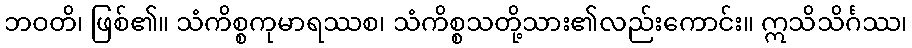
ဘဝတိ၊ ဖြစ်၏။ သံကိစ္စကုမာရဿစ၊ သံကိစ္စသတို့သား၏လည်းကောင်း။ ဣသိသိင်္ဂဿ၊